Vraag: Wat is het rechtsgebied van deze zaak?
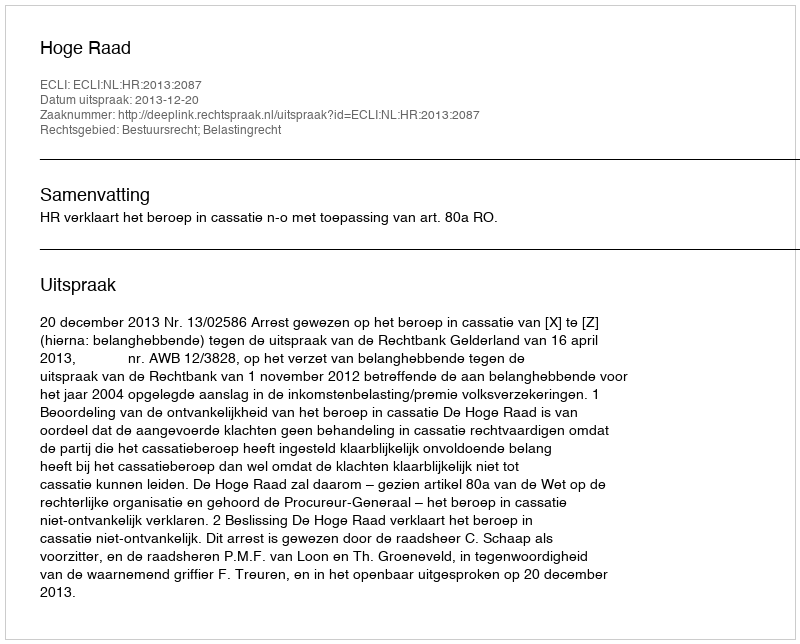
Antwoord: Bestuursrecht; Belastingrecht